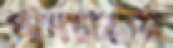
পাদচারণা